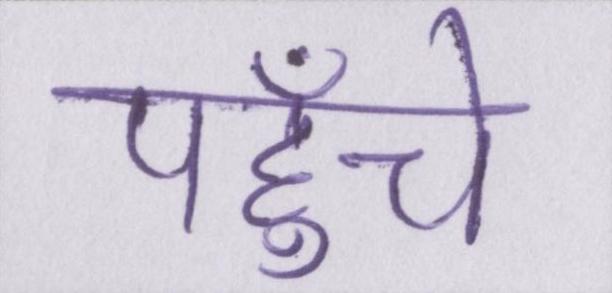
पहुँचे